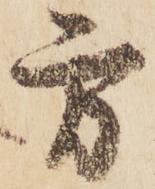
方